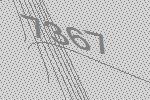
7367